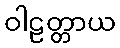
ဝါဠတ္တာယ